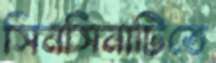
সিনসিনাটিতে